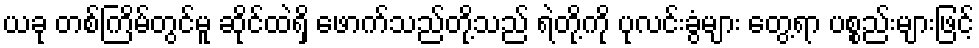
ယခု တစ်ကြိမ်တွင်မူ ဆိုင်ထဲရှိ ဖောက်သည်တို့သည် ရဲတို့ကို ပုလင်းခွံများ တွေ့ရာ ပစ္စည်းများဖြင့်